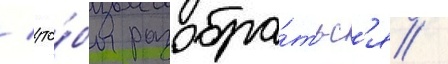
/ что́бы разобра́тьс'я /